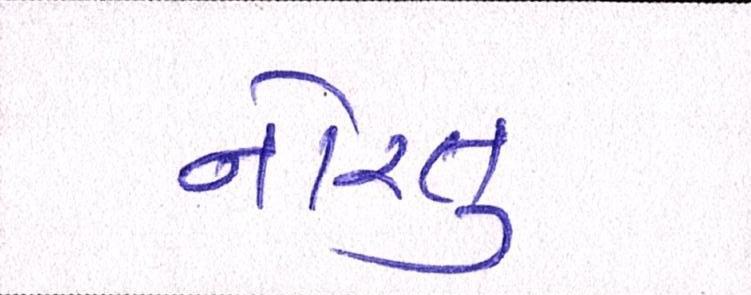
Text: નોરતુ